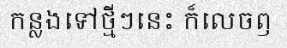
កន្លងទៅថ្មីៗនេះ ក៏លេចឭ